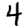
Digit: 4